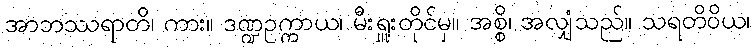
အာဘဿရာတိ၊ ကား။ ဒဏ္ဍဥက္ကာယ၊ မီးရှူးတိုင်မှ။ အစ္စိ၊ အလျှံသည်။ သရတိဝိယ၊